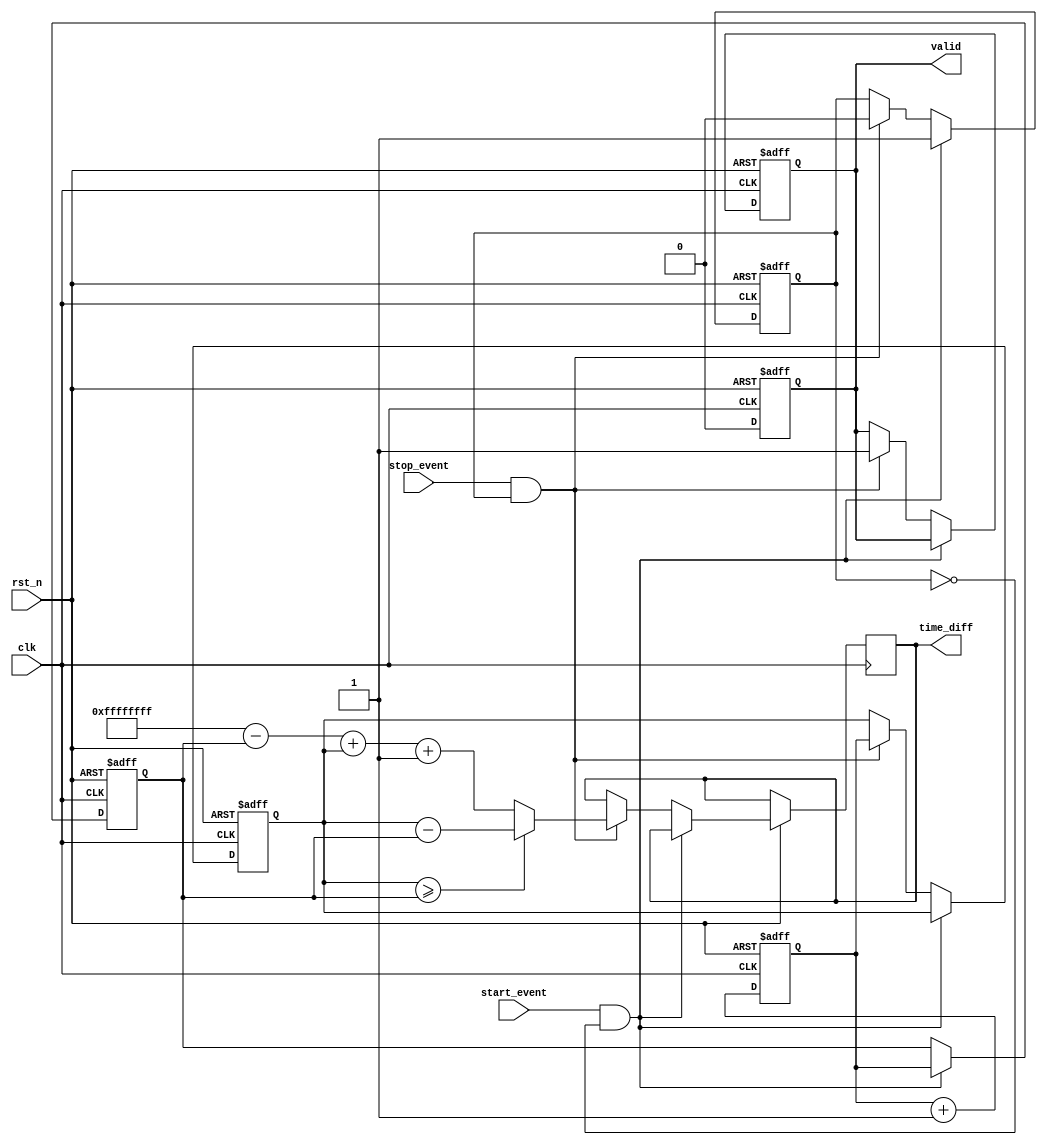
module tdc_single_shot (
    input wire clk,               // High-frequency clock
    input wire rst_n,             // Active low reset
    input wire start_event,       // Start event signal
    input wire stop_event,        // Stop event signal
    output reg [31:0] time_diff,  // Output time difference
    output reg valid              // Output valid signal
);

    reg [31:0] start_time;        // Time stamp for start event
    reg [31:0] stop_time;         // Time stamp for stop event
    reg capturing;                // State to indicate capturing events

    // Clock counter
    reg [31:0] clock_counter;

    // Always block for clock counter
    always @(posedge clk or negedge rst_n) begin
        if (!rst_n) begin
            clock_counter <= 32'b0;
        end else begin
            clock_counter <= clock_counter + 1;
        end
    end

    // Event detection and timestamp storage
    always @(posedge clk or negedge rst_n) begin
        if (!rst_n) begin
            start_time <= 32'b0;
            stop_time <= 32'b0;
            valid <= 1'b0;
            capturing <= 1'b0;
        end else begin
            if (start_event && !capturing) begin
                start_time <= clock_counter; // Capture start time
                capturing <= 1'b1;            // Start capturing
            end else if (stop_event && capturing) begin
                stop_time <= clock_counter;   // Capture stop time
                capturing <= 1'b0;             // Stop capturing
                // Calculate time difference
                if (stop_time >= start_time) begin
                    time_diff <= stop_time - start_time;
                end else begin
                    time_diff <= (32'hFFFFFFFF - start_time) + stop_time + 1; // Handle wrap-around
                end
                valid <= 1'b1; // Indicate valid output
            end
        end
    end

    // Reset valid signal after reading
    always @(posedge clk or negedge rst_n) begin
        if (!rst_n) begin
            valid <= 1'b0;
        end else if (valid) begin
            valid <= 1'b0; // Reset valid signal after one clock cycle
        end
    end
endmodule